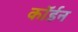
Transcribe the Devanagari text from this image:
कॉर्डन